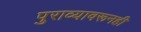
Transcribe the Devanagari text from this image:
पुराव्यावरूनही